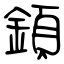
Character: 顉